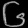
Digit: ၆